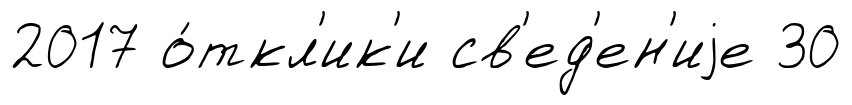
2017 о́ткл'ик'и св'ед'ен'иjе 30